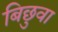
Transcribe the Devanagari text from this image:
बिछुवा